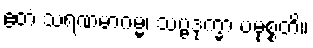
ဧတံ သရဏမာဂမ္မ၊ သဗ္ဗဒုက္ခာ ပမုစ္စတိ။